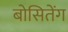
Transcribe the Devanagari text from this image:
बोसितेंग